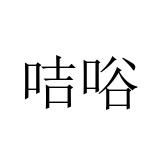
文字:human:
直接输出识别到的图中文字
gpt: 咭唂